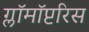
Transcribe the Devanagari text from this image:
ग्लॉमॉप्टरिस